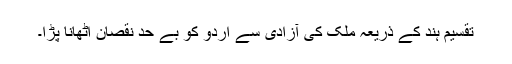
تقسیم ہند کے ذریعہ ملک کی آزادی سے اُردو کو بے حد نقصان اٹھانا پڑا۔